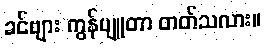
ခင်ဗျား ကွန်ပျူတာ တတ်သလား။